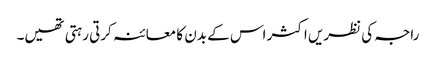
راجہ کی نظریں اکثر اس کے بدن کا معائنہ کرتی رہتی تھیں۔